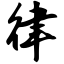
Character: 律